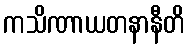
ကသိဏာယတနာနီတိ